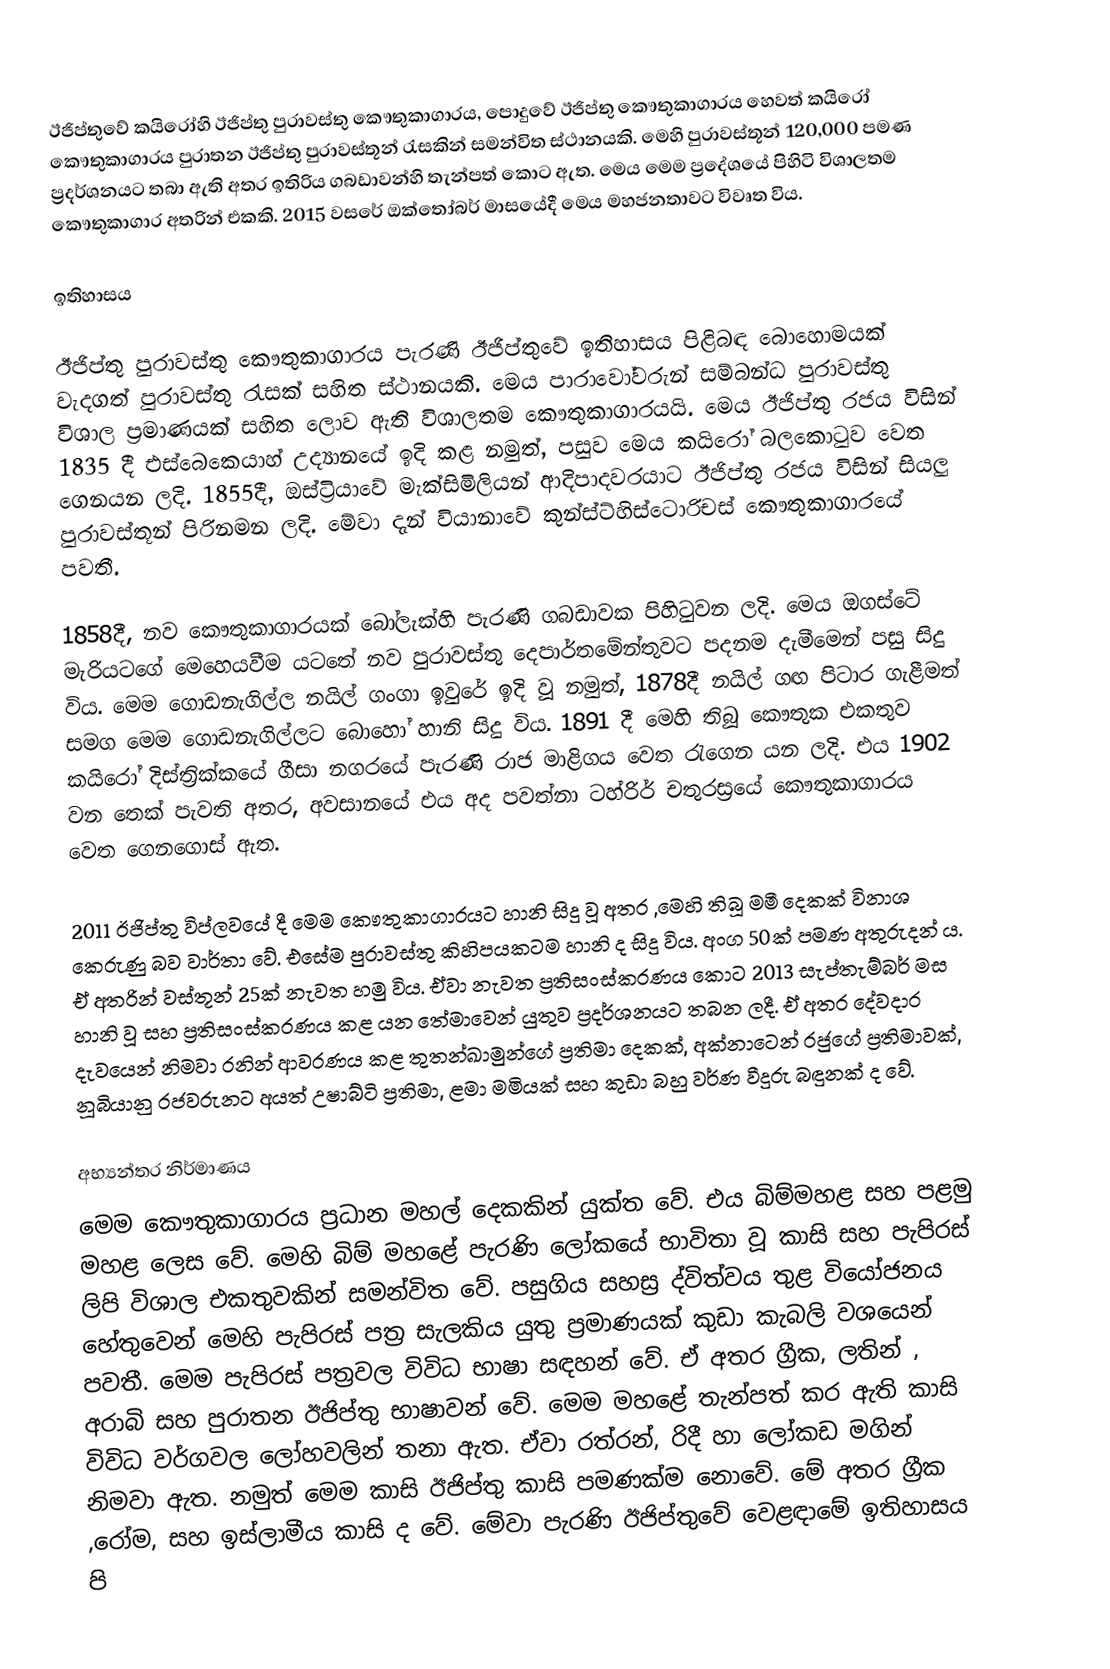
ඊජිප්තුවේ කයිරෝහි ඊජිප්තු පුරාවස්තු කෞතුකාගාරය, පොදුවේ ඊජිප්තු කෞතුකාගාරය හෙවත් කයිරෝ කෞතුකාගාරය පුරාතන ඊජිප්තු පුරාවස්තූන් රැසකින් සමන්විත ස්ථානයකි. මෙහි පුරාවස්තූන් 120,000 පමණ ප්‍රදර්ශනයට තබා ඇති අතර ඉතිරිය ගබඩාවන්හි තැන්පත් කොට ඇත. මෙය මෙම ප්‍රදේශයේ පිහිටි විශාලතම කෞතුකාගාර අතරින් එකකි. 2015 වසරේ ඔක්තෝබර් මාසයේදී මෙය මහජනතාවට විවෘත විය.

ඉතිහාසය

ඊජිප්තු පුරාවස්තු කෞතුකාගාරය පැරණි ඊජිප්තුවේ ඉතිහාසය පිළිබඳ බොහොමයක් වැදගත් පුරාවස්තු රැසක් සහිත ස්ථානයකි. මෙය‍  පාරාවෝවරුන් සම්බන්ධ පුරාවස්තු විශාල ප්‍රමාණයක් සහිත ලොව ඇති විශාලතම කෞතුකාගාරයයි. මෙය ඊජිප්තු රජය විසින් 1835 දී එස්බෙකෙයාහ් උද්‍යානයේ ඉදි කළ නමුත්, පසුව මෙය කයිරෝ බලකොටුව වෙත ගෙනයන ලදි. 1855දී, ඔස්ට්‍රියාවේ මැක්සිමිලියන් ආදිපාදවරයාට ඊජිප්තු රජය විසින් සියලු පුරාවස්තූන් පිරිනමන ලදි. මේවා දැන් වියානාවේ කුන්ස්ට්හිස්ටොරිචස් කෞතුකාගාරයේ පවතී.

1858දී, නව කෞතුකාගාරයක් බෝලැක්හි පැරණි ගබඩාවක පිහිටුවන ලදි. මෙය ඔගස්ටේ මැරියටගේ මෙහෙයවීම යටතේ නව පුරාවස්තු දෙපාර්තමේන්තුවට පදනම දැමීමෙන් පසු සිදු විය. මෙම ගොඩනැගිල්ල නයිල් ගංගා ඉවුරේ ඉදි වූ නමුත්, 1878දී නයිල් ගඟ පිටාර ගැළීමත් සමග මෙම ගොඩනැගිල්ලට බොහෝ හානි සිදු විය. 1891 දී මෙහි තිබූ කෞතුක එකතුව කයිරෝ දිස්ත්‍රික්කයේ ගීසා නගරයේ පැරණි රාජ මාළිගය වෙත රැගෙන යන ලදි. එය 1902 වන තෙක් පැවති අතර, අවසානයේ එය අද පවත්නා ටහ්රිර් චතුරස්‍රයේ කෞතුකාගාරය වෙත ගෙනගොස් ඇත.

2011 ඊජිප්තු විප්ලවයේ දී මෙම කෞතුකාගාරයට හානි සිදු වූ අතර ,මෙහි තිබූ මමී දෙකක් විනාශ කෙරුණු බව වාර්තා වේ. එසේම පුරාවස්තු කිහිපයකටම හානි ද සිදු විය. අංග 50ක් පමණ අතුරුදන් ය. ඒ අතරින් වස්තූන් 25ක් නැවත හමු විය. ඒවා නැවත ප්‍රතිසංස්කරණය කොට 2013 සැප්තැම්බර් මස හානි වූ සහ ප්‍රතිසංස්කරණය කළ යන තේමාවෙන් යුතුව ප්‍රදර්ශනයට තබන ලදී. ඒ අතර දේවදාර දැවයෙන් නිමවා රනින් ආවරණය කළ තුතන්ඛාමුන්ගේ ප්‍රතිමා දෙකක්, අක්නාටෙන් රජුගේ ප්‍රතිමාවක්, නූබියානු රජවරුනට අයත් උෂාබ්ටි ප්‍රතිමා, ළමා මමියක් සහ කුඩා බහු වර්ණ වීදුරු බඳුනක් ද වේ.

අභ්‍යන්තර නිර්මාණය
මෙම කෞතුකාගාරය ප්‍රධාන මහල් දෙකකින් යුක්ත වේ. එය බිම්මහළ සහ පළමු මහළ ලෙස වේ. මෙහි බිම් මහළේ පැරණි ලෝකයේ භාවිතා වූ කාසි සහ පැපිරස් ලිපි විශාල එකතුවකින් සමන්විත වේ. පසුගිය සහස්‍ර ද්විත්වය තුළ වියෝජනය හේතුවෙන් මෙහි පැපිරස් පත්‍ර සැලකිය යුතු ප්‍රමාණයක් කුඩා කැබලි වශයෙන් පවතී. මෙම පැපිරස් පත්‍රවල විවිධ භාෂා සඳහන් වේ. ඒ අතර ග්‍රීක, ලතින් , අරාබි සහ පුරාතන ඊජිප්තු භාෂාවන් වේ. මෙම මහළේ තැන්පත් කර ඇති කාසි විවිධ වර්ගවල ලෝහවලින් තනා ඇත. ඒවා රත්රන්, රිදී හා ලෝකඩ මගින් නිමවා ඇත. නමුත් මෙම කාසි ඊජිප්තු කාසි පමණක්ම නොවේ. මේ අතර ග්‍රීක ,රෝම,  සහ ඉස්ලාමීය කාසි ද  වේ. මේවා පැරණි ඊජිප්තුවේ වෙළඳාමේ ඉතිහාසය පි